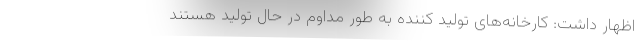
اظهار داشت: کارخانه‌های تولید کننده به طور مداوم در حال تولید هستند